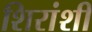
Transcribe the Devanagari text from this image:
शिरांशी